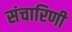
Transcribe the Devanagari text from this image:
संचारिणी